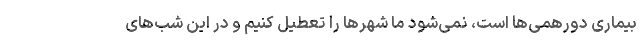
بیماری دورهمی‌ها است، نمی‌شود ما شهرها را تعطیل کنیم و در این شب‌های